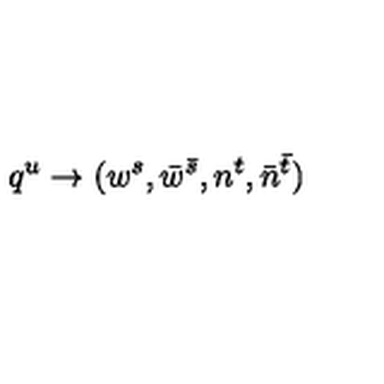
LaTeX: q ^ { u } \to ( w ^ { s } , \bar { w } ^ { \bar { s } } , n ^ { t } , \bar { n } ^ { \bar { t } } )